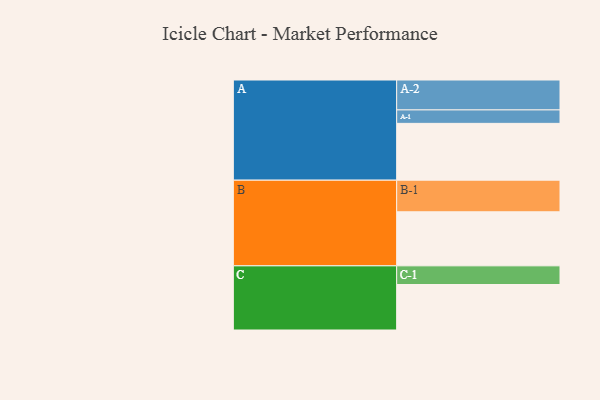
{"axis": {"x": "Segment", "y": "Value"}, "legend": ["", "A", "B", "C"], "data": [{"x": "A", "y": 511, "type": ""}, {"x": "B", "y": 486, "type": ""}, {"x": "C", "y": 409, "type": ""}, {"x": "A-1", "y": 121, "type": "A"}, {"x": "A-2", "y": 269, "type": "A"}, {"x": "B-1", "y": 284, "type": "B"}, {"x": "C-1", "y": 168, "type": "C"}]}